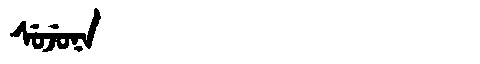
Manchu: ᠰᡠᠵᡠᠨᠠ
Romanization: SUJUNA